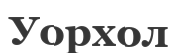
Уорхол